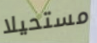
مستحيلا